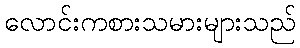
လောင်းကစားသမားများသည်